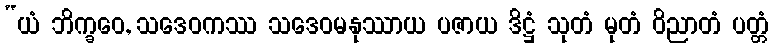
“ယံ ဘိက္ခဝေ, သဒေဝကဿ သဒေဝမနုဿာယ ပဇာယ ဒိဋ္ဌံ သုတံ မုတံ ဝိညာတံ ပတ္တံ